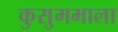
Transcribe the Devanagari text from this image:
कुसुममाला